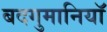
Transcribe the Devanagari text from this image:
बदगुमानियाॅ